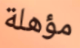
مؤهلة